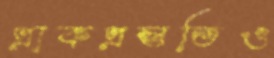
প্রাকপ্রস্তুতিও